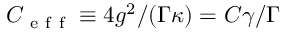
C _ { \mathrm { ~ e ~ f ~ f ~ } } \equiv 4 g ^ { 2 } / ( \Gamma \kappa ) = C \gamma / \Gamma